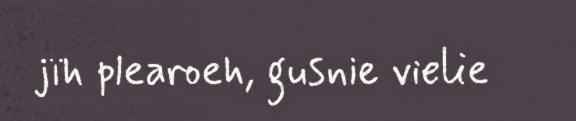
jïh plearoeh, gusnie vielie